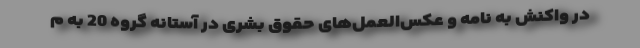
در واکنش به نامه و عکس‌العمل‌های حقوق بشری در آستانه گروه 20 به م